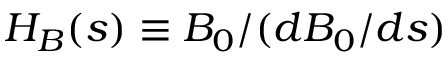
H _ { B } ( s ) \equiv B _ { 0 } / ( d B _ { 0 } / d s )